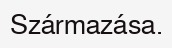
Származása.